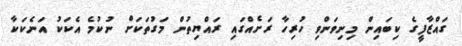
ގައްޒާފީގެ ކިބައިން މިނިވަންވި ހުރިހާ ރަށެއްގައި ރައްޔިތުން މަގުތަކަށް ނުކުމެ އެކަކު އަނެކަކާ